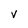
Character: v